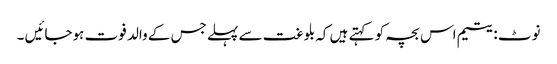
نوٹ :یتیم اس بچہ کو کہتے ہیں کہ بلوغت سے پہلے جس کے والد فوت ہوجائیں ۔